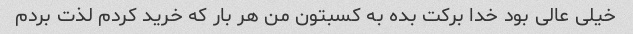
خیلی عالی بود خدا برکت بده به کسبتون من هر بار که خرید کردم لذت بردم